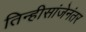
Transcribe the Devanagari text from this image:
तिन्हीसांजेनंतर